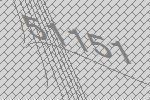
51151